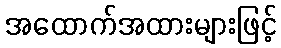
အထောက်အထားများဖြင့်